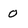
Character: 0